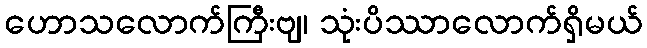
ဟောသလောက်ကြီးဗျ၊ သုံးပိဿာလောက်ရှိမယ်